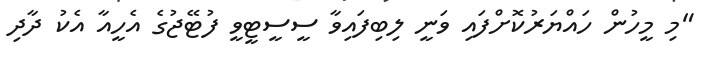
"މި މީހުން ހައްޔަރުކޮށްފައި ވަނީ ލިބިފައިވާ ސީސީޓީވީ ފުޓޭޖުގެ އެހީއާ އެކު ދާދި